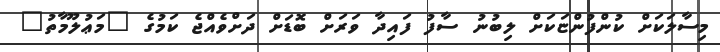
މިސާލަކަށް ކުންފުންޏަކަށް ލިބުނު ސާފު ފައިދާ ވަރަށް ބޮޑަށް ދަށްވެއްޖެ ކަމުގެ "މަޢުލޫމާތު"